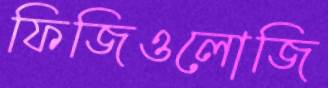
ফিজিওলোজি